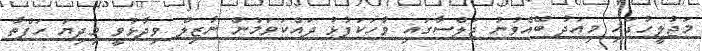
މަޖުލީހުގައި މިއަދު ބޭއްވުނު ޖަލްސާގައި ވާހަކަފުޅު ދައްކަވަމުން ނާޒިލް ވިދާޅުވީ މިދިޔަ ހަފްތާ